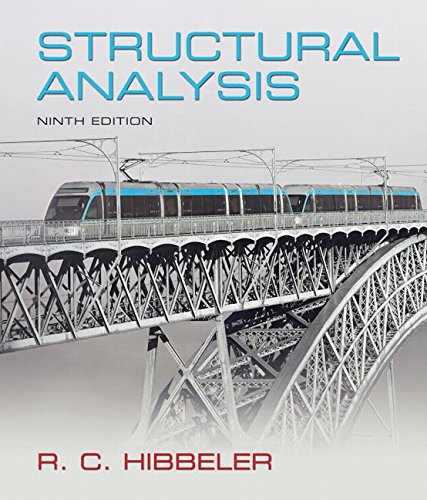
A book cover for Structural Analysis (9th Edition); Russell C. Hibbeler; Engineering & Transportation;